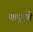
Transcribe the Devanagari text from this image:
कपूरचे